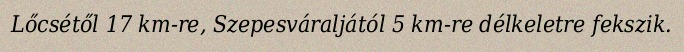
Lőcsétől 17 km-re, Szepesváraljától 5 km-re délkeletre fekszik.